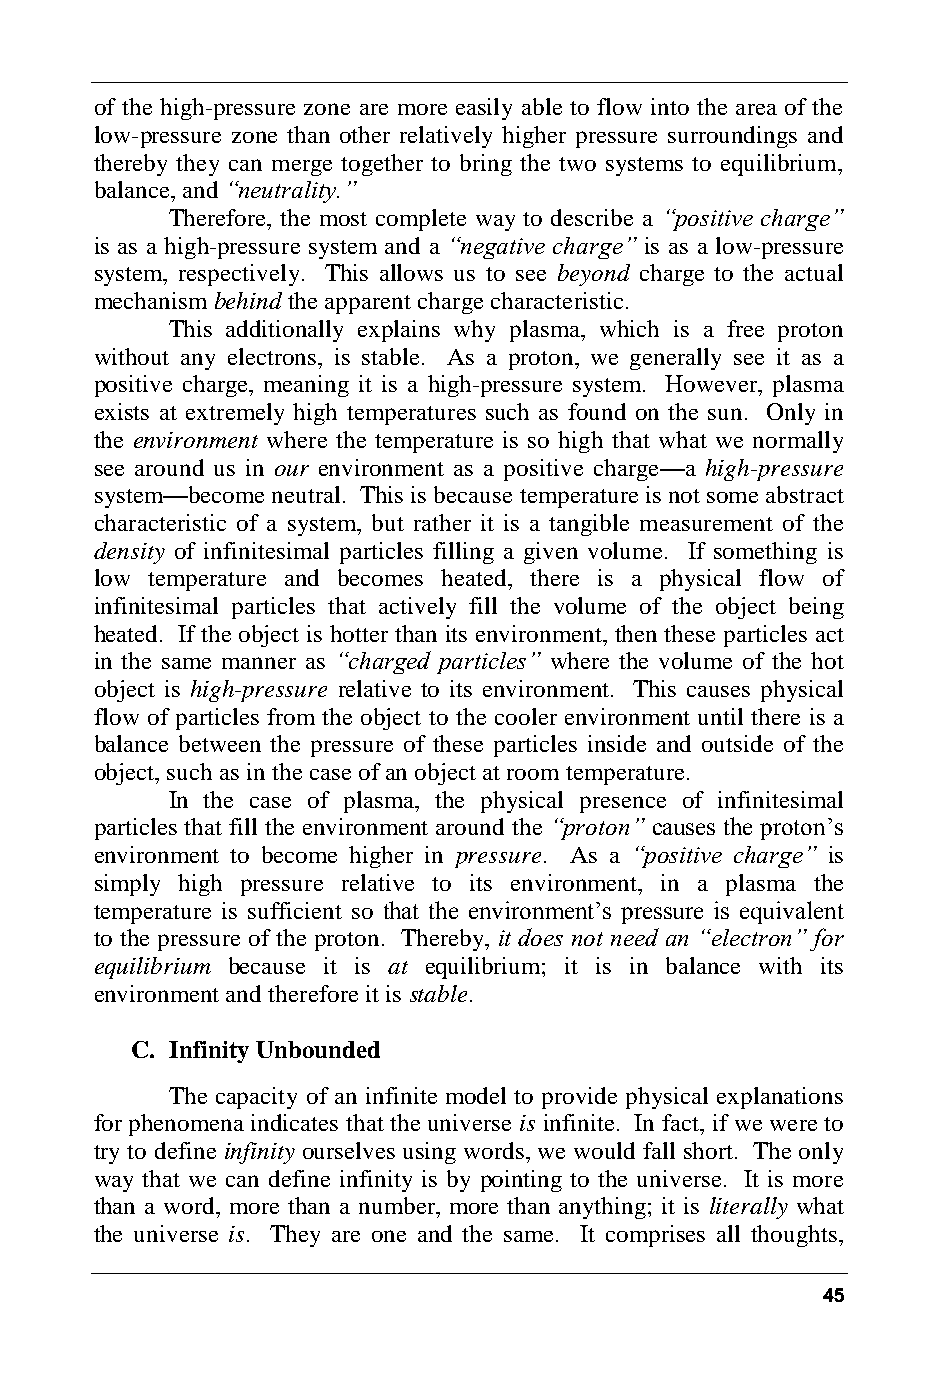
of the high-pressure zone are more easily able to flow into the area of the
 low-pressure zone than other relatively higher pressure surroundings and
 thereby they can merge together to bring the two systems to equilibrium,
 balance, and “neutrality.”
 Therefore, the most complete way to describe a “positive charge”
 is as a high-pressure system and a “negative charge” is as a low-pressure
 system, respectively. This allows us to see beyond charge to the actual
 mechanism behind the apparent charge characteristic.
 This additionally explains why plasma, which is a free proton
 without any electrons, is stable. As a proton, we generally see it as a
 positive charge, meaning it is a high-pressure system. However, plasma
 exists at extremely high temperatures such as found on the sun. Only in
 the environment where the temperature is so high that what we normally
 see around us in our environment as a positive charge—a high-pressure
 system—become neutral. This is because temperature is not some abstract
 characteristic of a system, but rather it is a tangible measurement of the
 density of infinitesimal particles filling a given volume. If something is
 low temperature and becomes heated, there is a physical flow of
 infinitesimal particles that actively fill the volume of the object being
 heated. If the object is hotter than its environment, then these particles act
 in the same manner as “charged particles” where the volume of the hot
 object is high-pressure relative to its environment. This causes physical
 flow of particles from the object to the cooler environment until there is a
 balance between the pressure of these particles inside and outside of the
 object, such as in the case of an object at room temperature.
 In the case of plasma, the physical presence of infinitesimal
 particles that fill the environment around the “proton” causes the proton’s
 environment to become higher in pressure. As a “positive charge” is
 simply high pressure relative to its environment, in a plasma the
 temperature is sufficient so that the environment’s pressure is equivalent
 to the pressure of the proton. Thereby, it does not need an “electron” for
 equilibrium because it is at equilibrium; it is in balance with its
 environment and therefore it is stable.
 C. Infinity Unbounded
 The capacity of an infinite model to provide physical explanations
 for phenomena indicates that the universe is infinite. In fact, if we were to
 try to define infinity ourselves using words, we would fall short. The only
 way that we can define infinity is by pointing to the universe. It is more
 than a word, more than a number, more than anything; it is literally what
 the universe is. They are one and the same. It comprises all thoughts,
 45